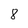
Character: 8